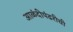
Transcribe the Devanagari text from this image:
आळंदीपंढरीची